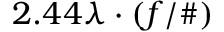
2 . 4 4 \lambda \cdot ( f / \# )